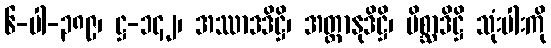
၆-ပါ-၃၈၉၊ ဋ္ဌ-၁၄၂၊ အဿာဒဒိဋ္ဌိ၊ အတ္တာနုဒိဋ္ဌိ၊ မိစ္ဆာဒိဋ္ဌိ သုံးပါးကို